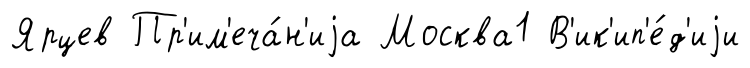
Ярцев Пр'им'еча́н'иjа Москва1 В'ик'ип'е́д'иjи